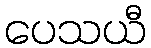
ပေသယီ